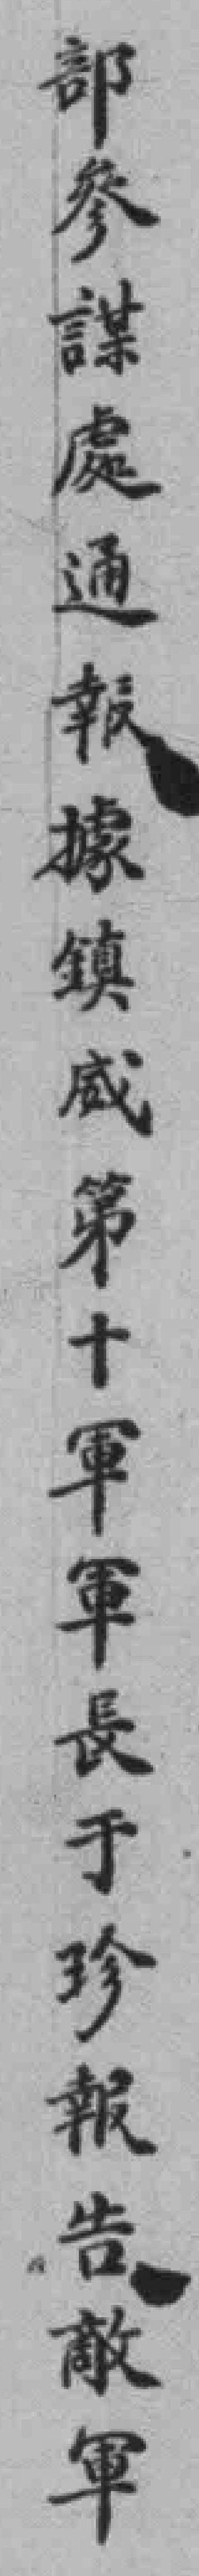
部參謀處通報據鎮威第十軍軍長于珍報告敵軍